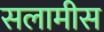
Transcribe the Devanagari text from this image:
सलामीस